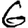
Digit: 6